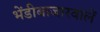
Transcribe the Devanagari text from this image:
भेंडीबाजारवालें